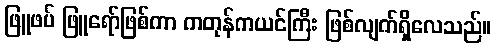
ဖြူဖပ် ဖြူရော်ဖြစ်ကာ ကတုန်ကယင်ကြီး ဖြစ်လျက်ရှိလေသည်။